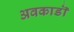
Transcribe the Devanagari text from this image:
अवकाडॊ